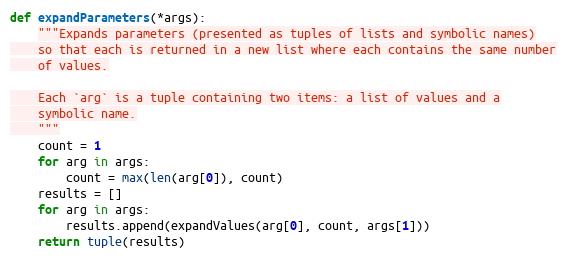
Language: Python
def expandParameters(*args):
    """Expands parameters (presented as tuples of lists and symbolic names)
    so that each is returned in a new list where each contains the same number
    of values.

    Each `arg` is a tuple containing two items: a list of values and a
    symbolic name.
    """
    count = 1
    for arg in args:
        count = max(len(arg[0]), count)
    results = []
    for arg in args:
        results.append(expandValues(arg[0], count, args[1]))
    return tuple(results)